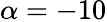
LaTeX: \alpha=-10